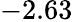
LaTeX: -2.63